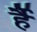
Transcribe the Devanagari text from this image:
र्है